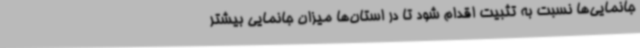
جانمایی‌ها نسبت به تثبیت اقدام شود تا در استان‌ها میزان جانمایی بیشتر